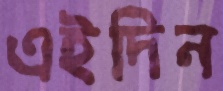
এইদিন